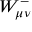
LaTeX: W _ { \mu \nu } ^ { - }